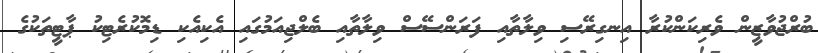
ބުރްޖުވާޒީން ވެރިކަންކުރާ އިނގިރޭސި ވިލާތާއި ފަރަންސޭސް ވިލާތާއި ބެލްޖިއަމުގައި އެކިއެކި ޑިމޮކުރެޓިކު ޕާޓީތަކުގެ